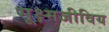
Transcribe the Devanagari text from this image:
सूक्ष्मजीविय